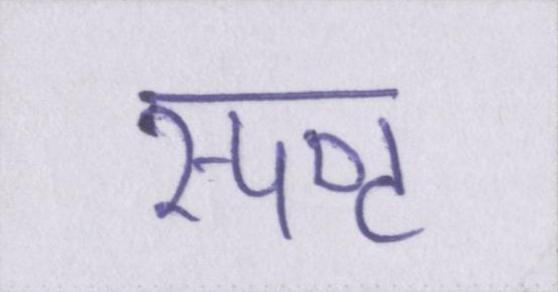
स्पष्ट